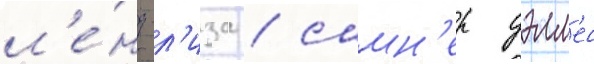
л'е́нд-л'иза / самн'ер уэлл'ес